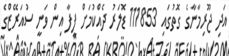
އަދި ޖޫރިމާނާގެ ގޮތުގައި 111853 ޑޮލަރު ދެއްކުމަށް ފީފާ އިން ވަނީ ސުއަރޭޒްގެ